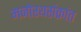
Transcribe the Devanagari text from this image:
मनोरथसंक्रांत